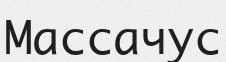
Массачус